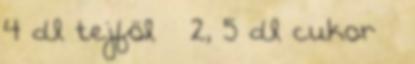
4 dl tejföl » 2, 5 dl cukor »